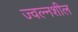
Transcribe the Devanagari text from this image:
ज्वल्नशील